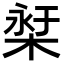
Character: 𣕓